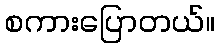
စကားပြောတယ်။